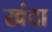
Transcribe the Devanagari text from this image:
खंदा